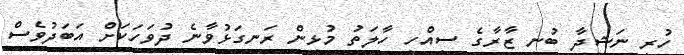
ހުރި ނަޝީދާ ބުނީ ޒާރާގެ ސިއްހީ ހާލަތު މުޅިން ރަނގަޅުވާނެ ދުވަހަކަށް އަބަދުވެސް